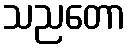
သညတော